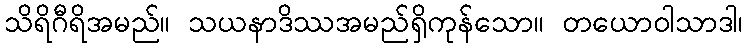
သိရိဂီရိအမည်။ သယနာဒိဿအမည်ရှိကုန်သော။ တယောဝါသာဒါ၊